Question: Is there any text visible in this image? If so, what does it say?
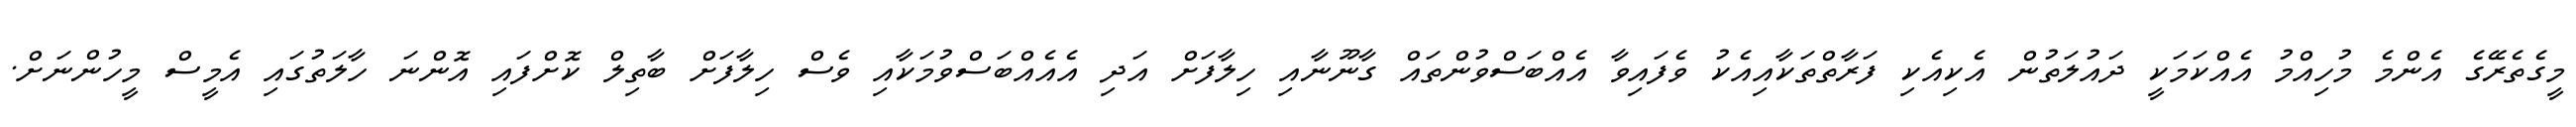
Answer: މީގެތެރޭގެ އެންމެ މުހިއްމު އެއްކަމަކީ ދައުލަތުން އެކިއެކި ފަރާތްތަކާއިއެކު ވެފައިވާ އެއްބަސްވުންތައް ގާނޫނާއި ހިލާފަށް އަދި އެއެއްބަސްވުމަކާއި ވެސް ހިލާފަށް ބާތިލް ކޮށްފައި އޮންނަ ހާލަތުގައި އެމީސް މީހުންނަށް.